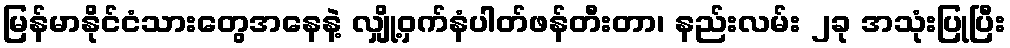
မြန်မာနိုင်ငံသားတွေအနေနဲ့ လျှို့ဝှက်နံပါတ်ဖန်တီးတာ၊ နည်းလမ်း ၂ခု အသုံးပြုပြီး